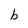
Character: b